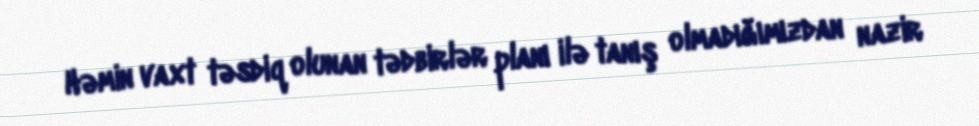
Həmin vaxt təsdiq olunan tədbirlər planı ilə tanış olmadığımızdan nazir